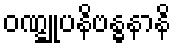
ဝဏ္ဋူပနိဗန္ဓနာနိ